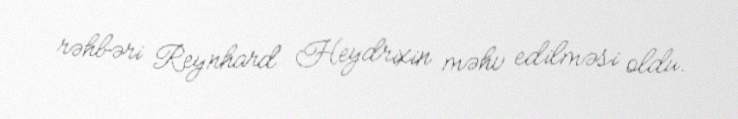
rəhbəri Reynhard Heydrixin məhv edilməsi oldu.